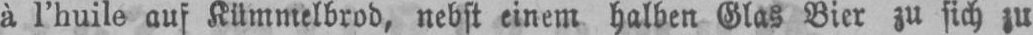
à l’huile auf Kümmelbrod, nebst einem halben Glas Bier zu sich zu